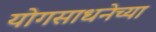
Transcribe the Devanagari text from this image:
योगसाधनेच्या